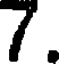
7.